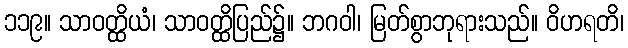
၁၁၉။ သာဝတ္ထိယံ၊ သာဝတ္ထိပြည်၌။ ဘဂဝါ၊ မြတ်စွာဘုရားသည်။ ဝိဟရတိ၊